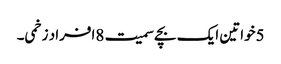
5خواتین ایک بچے سمیت 8افراد زخمی۔